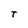
Character: T